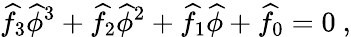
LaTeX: \widehat{f}_{3}\widehat{\phi}^{3}+\widehat{f}_{2}\widehat{\phi}^{2}+\widehat{f}_{1}\widehat{\phi}+\widehat{f}_{0}=0\ ,